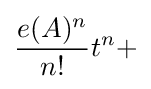
{e(A)^{n} \over n!}t^{n}+